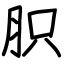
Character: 胑